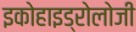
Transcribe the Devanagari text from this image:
इकोहाइड्रोलोजी